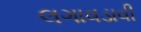
લગાવડાવી